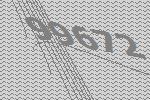
99672